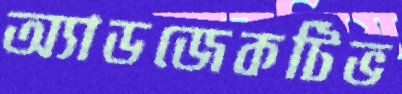
অ্যাডজেকটিভ